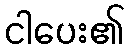
ငါပေး၏